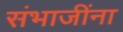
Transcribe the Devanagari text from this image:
संभाजींना